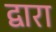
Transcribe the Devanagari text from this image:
द्वारा